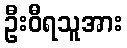
ဦးဝီရသူအား